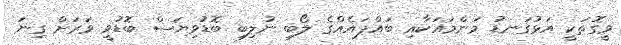
ވީގޮތަކީ އަޅުގަނޑު މަންމައަކާއި ބައްޕައެއްގެ ލޯބި ނުލިބި ބޮޑުވިޔަސް ބޮޑުވީ ވަރަށް ގިނަ